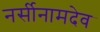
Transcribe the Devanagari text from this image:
नर्सीनामदेव